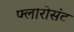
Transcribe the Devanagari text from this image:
फ्लोरोसंट